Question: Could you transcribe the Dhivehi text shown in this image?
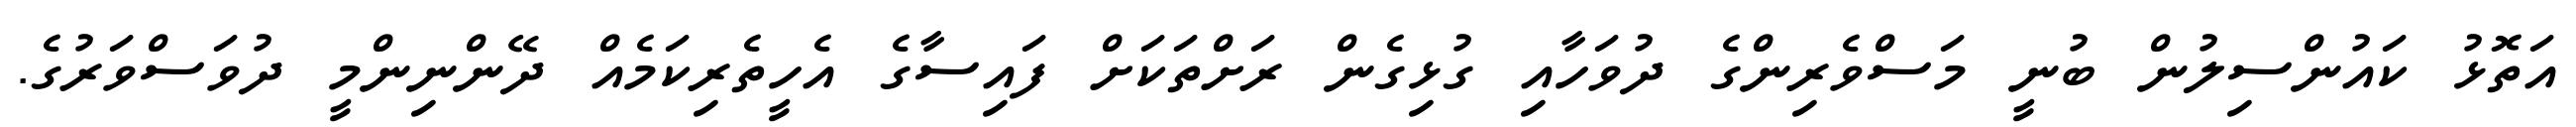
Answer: އަތޮޅު ކައުންސިލުން ބުނީ މަސްވެރިންގެ ދުވަހާއި ގުޅިގެން ރަށްތަކަށް ފައިސާގެ އެހީތެރިކަމެއް ދޭންނިންމީ ދުވަސްވަރުގެ.